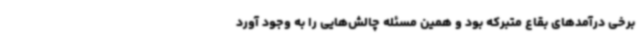
برخی درآمدهای بقاع متبرکه بود و همین مسئله چالش‌هایی را به وجود آورد